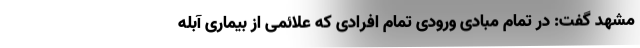
مشهد گفت: در تمام مبادی ورودی تمام افرادی که علائمی از بیماری آبله